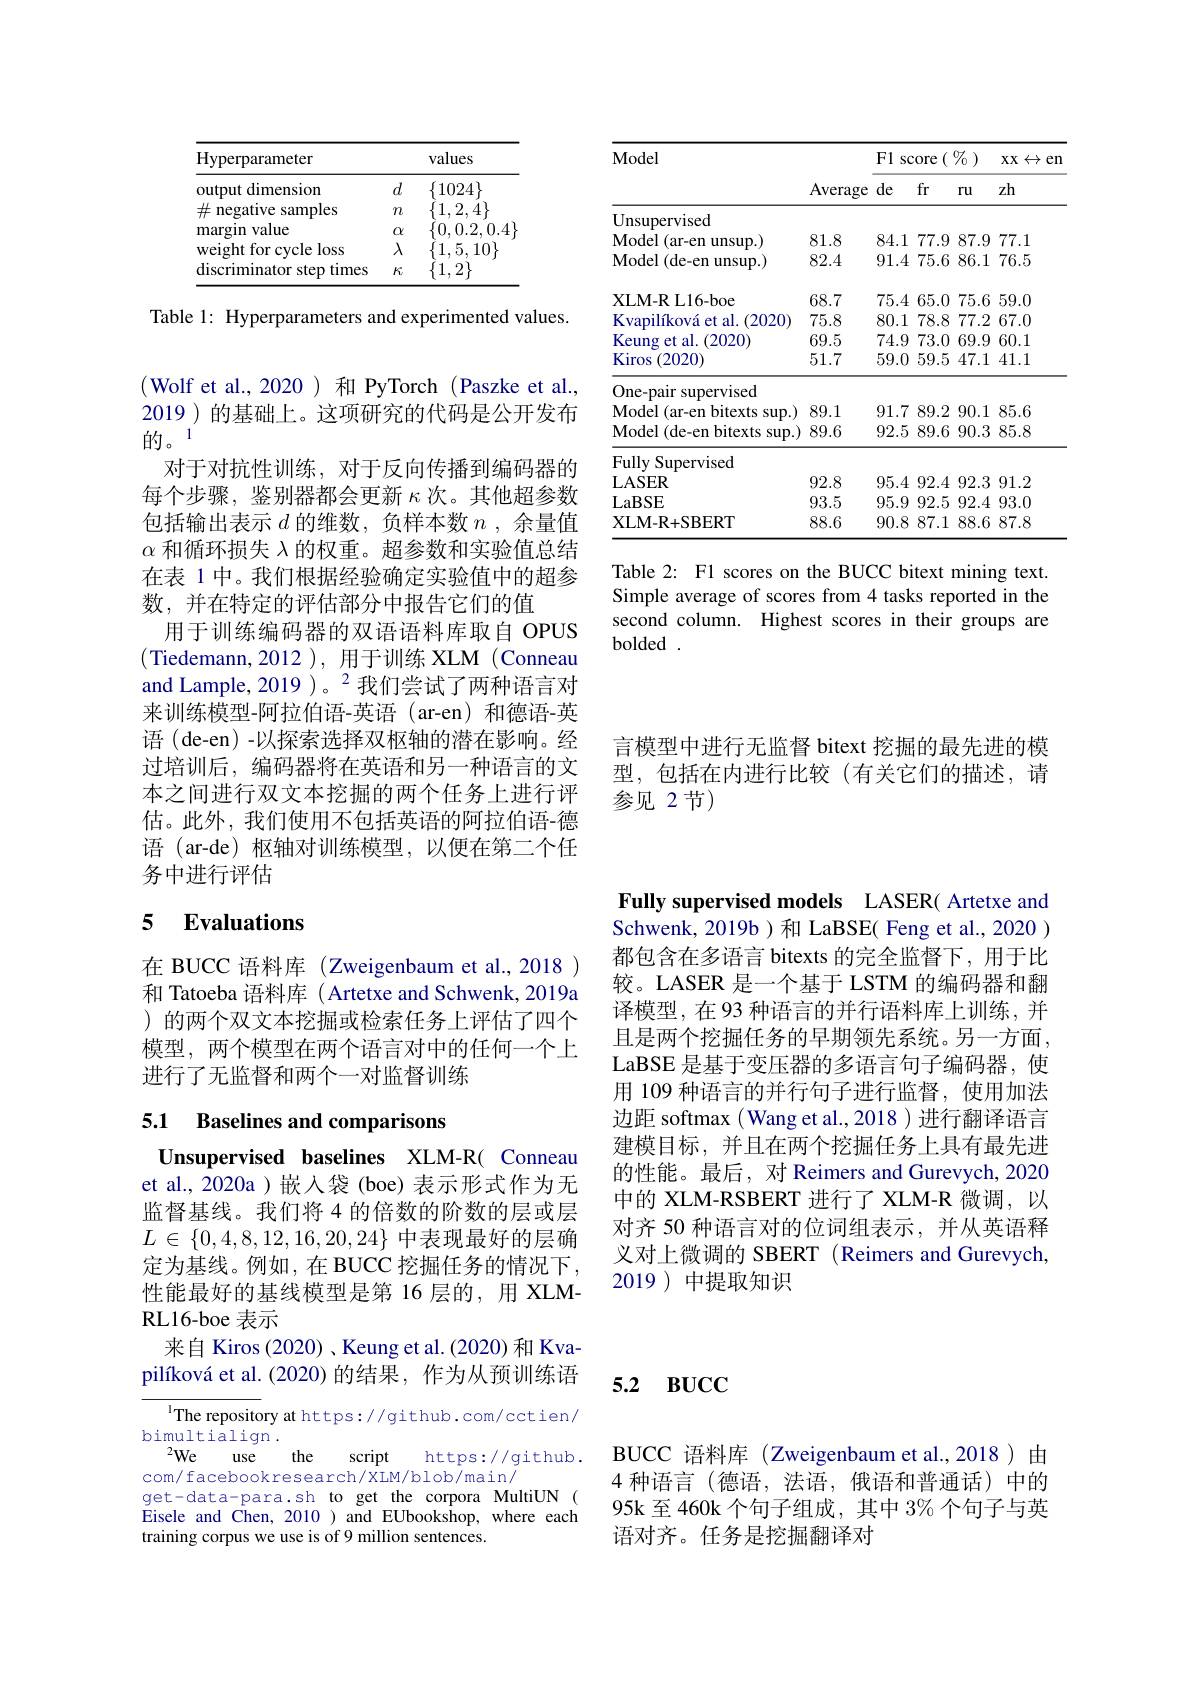
<table>
	<tbody>
		<tr>
			<th rowspan="2">Model</th>
			<th rowspan="2">Average</th>
			<th colspan="3">$e(\begin{smallmatrix}0&0\\0&0\end{smallmatrix})$ F1s score</th>
			<th rowspan="2">$XX$ $\leftrightarrow$en 1 zh</th>
		</tr>
		<tr>
			<th>de</th>
			<th>fr</th>
			<th>$ru$</th>
		</tr>
		<tr>
			<td>Unsupervised</td>
			<td> </td>
			<td> </td>
			<td> </td>
			<td> </td>
			<td> </td>
		</tr>
		<tr>
			<td>Model (ar-en unsup.)</td>
			<td>81.8</td>
			<td>84.1</td>
			<td>77.9</td>
			<td>87.9</td>
			<td>77.1</td>
		</tr>
		<tr>
			<td>${\mathrm{Model~(de-en~unsup.)}}$</td>
			<td>82.4</td>
			<td>91.4</td>
			<td>75.6</td>
			<td>86.1</td>
			<td>76.5</td>
		</tr>
		<tr>
			<td>XLM- R L16- boe</td>
			<td>68.7</td>
			<td>75.4</td>
			<td>65.0</td>
			<td>75.6</td>
			<td>59.0</td>
		</tr>
		<tr>
			<td>Kvapilíková et al. (2020)</td>
			<td>75.8</td>
			<td>80.1</td>
			<td>78.8</td>
			<td>77.2</td>
			<td>67.0</td>
		</tr>
		<tr>
			<td>Keung et al. ( 2020) </td>
			<td>69.5</td>
			<td>74.9</td>
			<td>73.0</td>
			<td>69.9</td>
			<td>60.1</td>
		</tr>
		<tr>
			<td>Kiros (2020)</td>
			<td>51.7</td>
			<td>59.0</td>
			<td>59.5</td>
			<td>47.1 1</td>
			<td>41.1</td>
		</tr>
		<tr>
			<td>One-pair r supervised</td>
			<td> </td>
			<td> </td>
			<td> </td>
			<td> </td>
			<td> </td>
		</tr>
		<tr>
			<td>Model (ar-en bitexts s sup.) </td>
			<td>89.1</td>
			<td>91.7</td>
			<td>89.2</td>
			<td>90.1 </td>
			<td>85.6</td>
		</tr>
		<tr>
			<td>Model (de-en bitexts sup.)</td>
			<td>89.6</td>
			<td>92.5</td>
			<td>89.6</td>
			<td>90.3</td>
			<td>85.8</td>
		</tr>
		<tr>
			<td>Fully Supervised</td>
			<td> </td>
			<td> </td>
			<td> </td>
			<td> </td>
			<td> </td>
		</tr>
		<tr>
			<td>$\mathbf{L}$ASER</td>
			<td>92.8</td>
			<td>95.4</td>
			<td>92.4</td>
			<td>92.3</td>
			<td>91.2</td>
		</tr>
		<tr>
			<td>LaBSE</td>
			<td>93.5</td>
			<td>95.9</td>
			<td>92.5</td>
			<td>92.4</td>
			<td>93.0</td>
		</tr>
		<tr>
			<td>XLM- R+ SBERT</td>
			<td>88.6</td>
			<td>90.8</td>
			<td>87.1</td>
			<td>88.6</td>
			<td>87.8</td>
		</tr>
	</tbody>
</table>

Table 2: F1 scores on the BUCC bitext mining text. Simple average of scores from 4 tasks reported in the second column. Highest scores in their groups are bolded .

言模型中进行无监督 bitext 挖掘的最先进的模型，包括在内进行比较(有关它们的描述，请参见 2节)

<table>
	<tbody>
		<tr>
			<th>Hyperparameter</th>
			<th> </th>
			<th>values</th>
		</tr>
		<tr>
			<td>output dimension</td>
			<td>$d$</td>
			<td>$\{1024\}$</td>
		</tr>
		<tr>
			<td>$\#$ negative s samples</td>
			<td>$\eta n$</td>
			<td>$\{1,2,4\}$</td>
		</tr>
		<tr>
			<td>value margin</td>
			<td>$\alpha$</td>
			<td>0.0.2,0.4</td>
		</tr>
		<tr>
			<td>weight for cycle $\Xi loss$</td>
			<td>$\lambda$</td>
			<td>$1,5,10\}$</td>
		</tr>
		<tr>
			<td>discriminator step times</td>
			<td>$K$</td>
			<td>$\{1,2\}$</td>
		</tr>
	</tbody>
</table>

Table 1: Hyperparameters and experimented values.

(Wolf et al.,2020)和 PyTorch (Paszke et al., 2019 ) 的基础上。这项研究的代码是公开发布的。1'
对于对抗性训练，对于反向传播到编码器的每个步骤，鉴别器都会更新$\kappa$次。其他超参数包括输出表示$d$的维数，负样本数$n$,余量值$\alpha$和循环损失$\lambda$的权重。超参数和实验值总结在表 1 中。我们根据经验确定实验值中的超参数，并在特定的评估部分中报告它们的值
用于训练编码器的双语语料库取自 OPUS (Tiedemann,2012),用于训练 XLM(Conneau and Lample, 2019 )。$^{2}$我们尝试了两种语言对来训练模型-阿拉伯语-英语 (ar-en)和德语-英语 (de-en) -以探索选择双枢轴的潜在影响。经过培训后，编码器将在英语和另一种语言的文本之间进行双文本挖掘的两个任务上进行评估。此外，我们使用不包括英语的阿拉伯语-德语 (ar-de) 枢轴对训练模型，以便在第二个任务中进行评估

## 5 $\textbf{Evaluations}$

在 BUCC 语料库 (Zweigenbaum et al.,2018 ) 和 Tatoeba 语料库 ( Artetxe and Schwenk, 2019a )的两个双文本挖掘或检索任务上评估了四个模型，两个模型在两个语言对中的任何一个上进行了无监督和两个一对监督训练

# 5.1 Baselines and comparisons

Unsupervised baselines XLM-R( Conneau et al., 2020a )嵌入袋 (boe) 表示形式作为无监督基线。我们将 4 的倍数的阶数的层或层$L\in\{0,4,8,12,16,20,24\}$中表现最好的层确定为基线。例如，在 BUCC 挖掘任务的情况下， 性能最好的基线模型是第 16 层的，用 XLMRL16-boe 表示
来自 Kiros (2020) , Keung et al. (2020) 和 Kvapilíková et al. (2020) 的结果，作为从预训练语

$^{1}$The repository at https://github.com/cctien/
bimultialign .
$^{2}$We use the
script https://github.
com/ facebookresearch/XLM/blob/main/
get-data-para.sh to get the corpora MultiUN ( Eisele and Chen, 2010 ) and EUbookshop, where each training corpus we use is of 9 million sentences.

# 5.2 вUCC

Fully supervised models LASER( Artetxe and Schwenk, 2019b)和 LaBSE( Feng et al., 2020 ) 都包含在多语言 bitexts 的完全监督下，用于比较。LASER 是一个基于 LSTM 的编码器和翻译模型，在 93 种语言的并行语料库上训练，并且是两个挖掘任务的早期领先系统。另一方面， LaBSE 是基于变压器的多语言句子编码器，使用 109 种语言的并行句子进行监督，使用加法边距 softmax ( Wang et al., 2018 ) 进行翻译语言建模目标，并且在两个挖掘任务上具有最先进的性能。最后，对 Reimers and Gurevych, 2020中的 XLM-RSBERT 进行了 XLM-R 微调，以对齐 50 种语言对的位词组表示，并从英语释义对上微调的 SBERT (Reimers and Gurevych, 2019 ) 中提取知识

BUCC 语料库(Zweigenbaum et al.,2018)由4种语言(德语，法语，俄语和普通话)中的95k至460k 个句子组成，其中$3\%$个句子与英语对齐。任务是挖掘翻译对